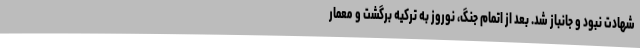
شهادت نبود و جانباز شد. بعد از اتمام جنگ، نوروز به ترکیه برگشت و معمار